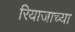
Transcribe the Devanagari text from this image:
रियाजाच्या